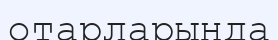
отарларында